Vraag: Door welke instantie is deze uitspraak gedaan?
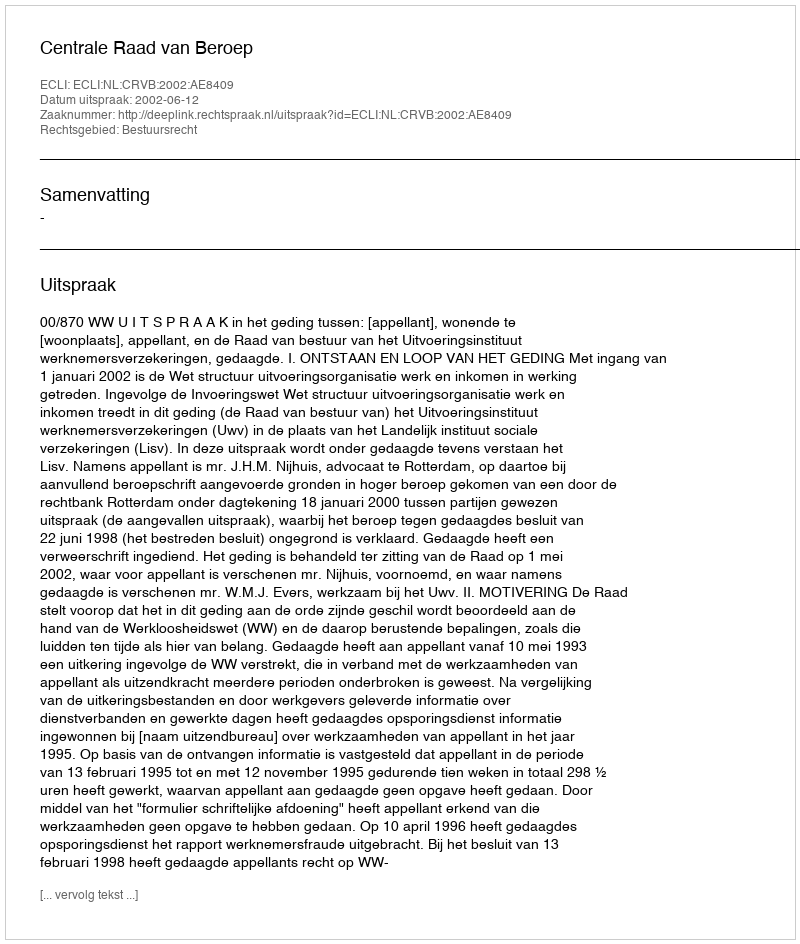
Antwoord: Centrale Raad van Beroep